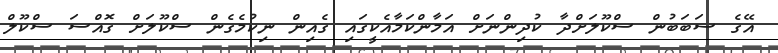
އޭގެ ސަބަބުން ސްކޫލަށްދާ ކުދިންނަށް އަމާންކަމާއެކީގައި ގެއިން ނިކުމެގެން ސްކޫލަށް ގޮއްސަ ސްކޫލް